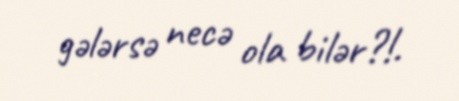
gələrsə necə ola bilər?!.